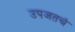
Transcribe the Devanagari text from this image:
उपजतचं